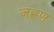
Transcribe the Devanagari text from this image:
जह्लण